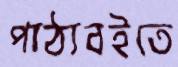
পাঠ্যবইতে